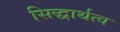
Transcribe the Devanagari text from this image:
सिद्धार्थत्व